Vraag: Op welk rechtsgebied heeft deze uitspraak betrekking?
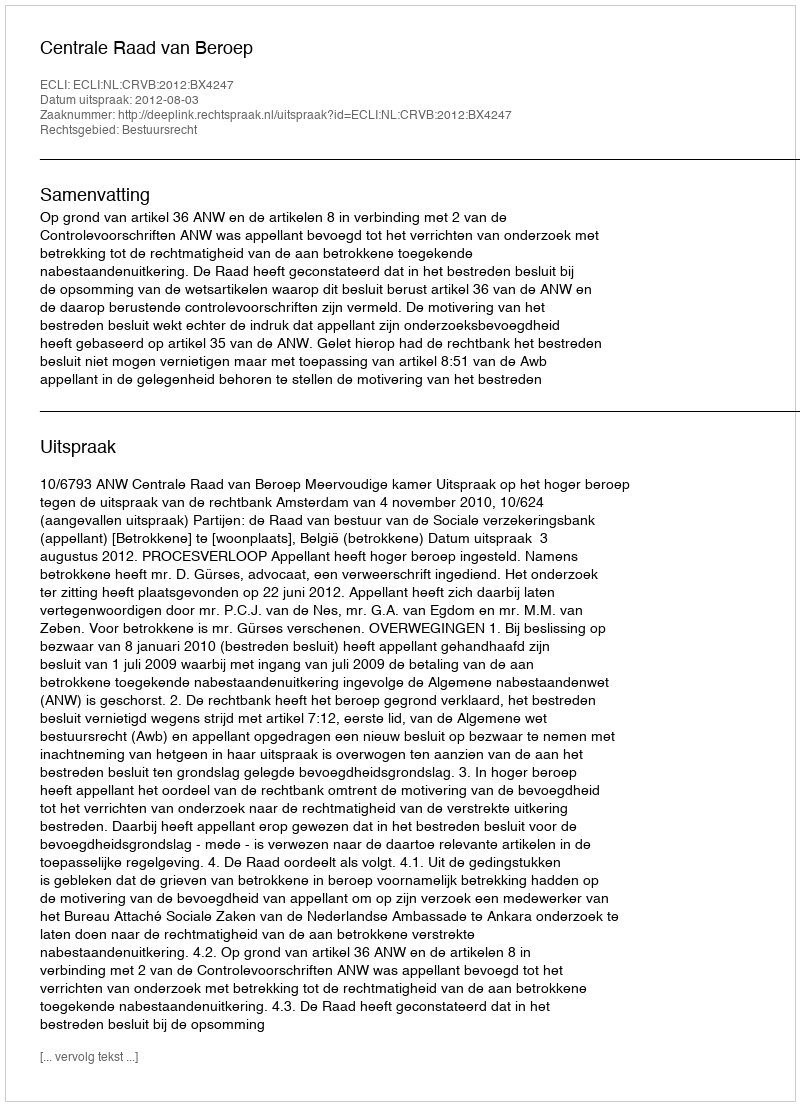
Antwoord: Bestuursrecht